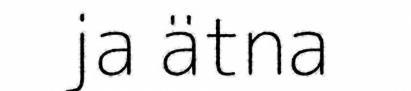
ja ätna